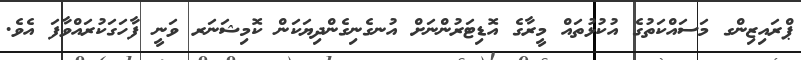
ޕްރައިޒިންގ މަސައްކަތުގެ އުކުޅުތައް މީރާގެ އޮޑިޓަރުންނަށް އުނގެނިގެންދިޔަކަން ކޮމިޝަނަރ ވަނީ ފާހަގަކުރައްވާފަ އެވެ.